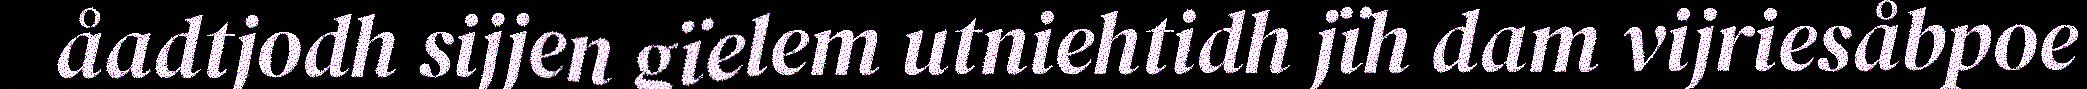
åadtjodh sijjen gïelem utniehtidh jïh dam vijriesåbpoe